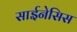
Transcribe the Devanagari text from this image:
साईनेसिस